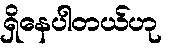
ရှိနေပါတယ်ဟု